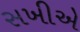
સખીએ